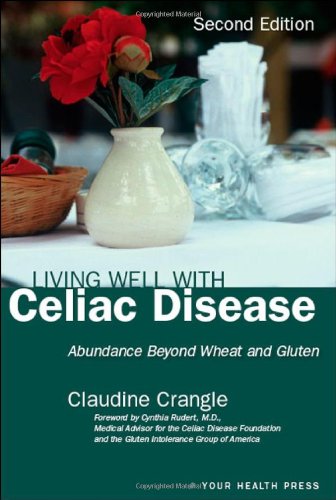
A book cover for Living Well with Celiac Disease: Abundance Beyond Wheat and Gluten; Claudine Crangle; Health, Fitness & Dieting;